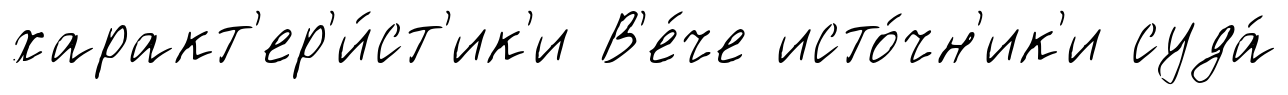
характ'ер'и́ст'ик'и В'е́че исто́чн'ик'и суда́